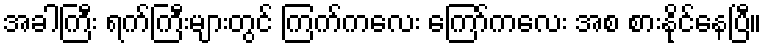
အခါကြီး ရက်ကြီးများတွင် ကြက်ကလေး ကြော်ကလေး အစ စားနိုင်နေပြီ။